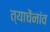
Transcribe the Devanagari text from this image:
त्याचेंनांव